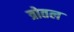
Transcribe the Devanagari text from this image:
त्रोतल